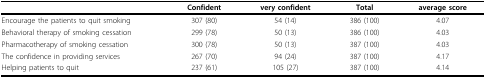
|  | Confident | very confident | Total | average score |
 | --- | --- | --- | --- | --- |
 | Encourage the patients to quit smoking | 307 (80) | 54 (14) | 386 (100) | 4.07 |
 | Behavioral therapy of smoking cessation | 299 (78) | 50 (13) | 386 (100) | 4.03 |
 | Pharmacotherapy of smoking cessation | 300 (78) | 50 (13) | 387 (100) | 4.03 |
 | The confidence in providing services | 267 (70) | 94 (24) | 387 (100) | 4.17 |
 | Helping patients to quit | 237 (61) | 105 (27) | 387 (100) | 4.14 |